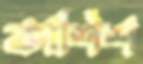
কাশিশ